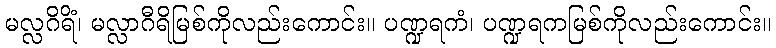
မလ္လဂိရိံ၊ မလ္လာဂီရိမြစ်ကိုလည်းကောင်း။ ပဏ္ဍရကံ၊ ပဏ္ဍရကမြစ်ကိုလည်းကောင်း။